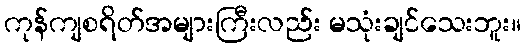
ကုန်ကျစရိတ်အများကြီးလည်း မသုံးချင်သေးဘူး။